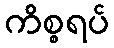
ကိစ္စရပ်